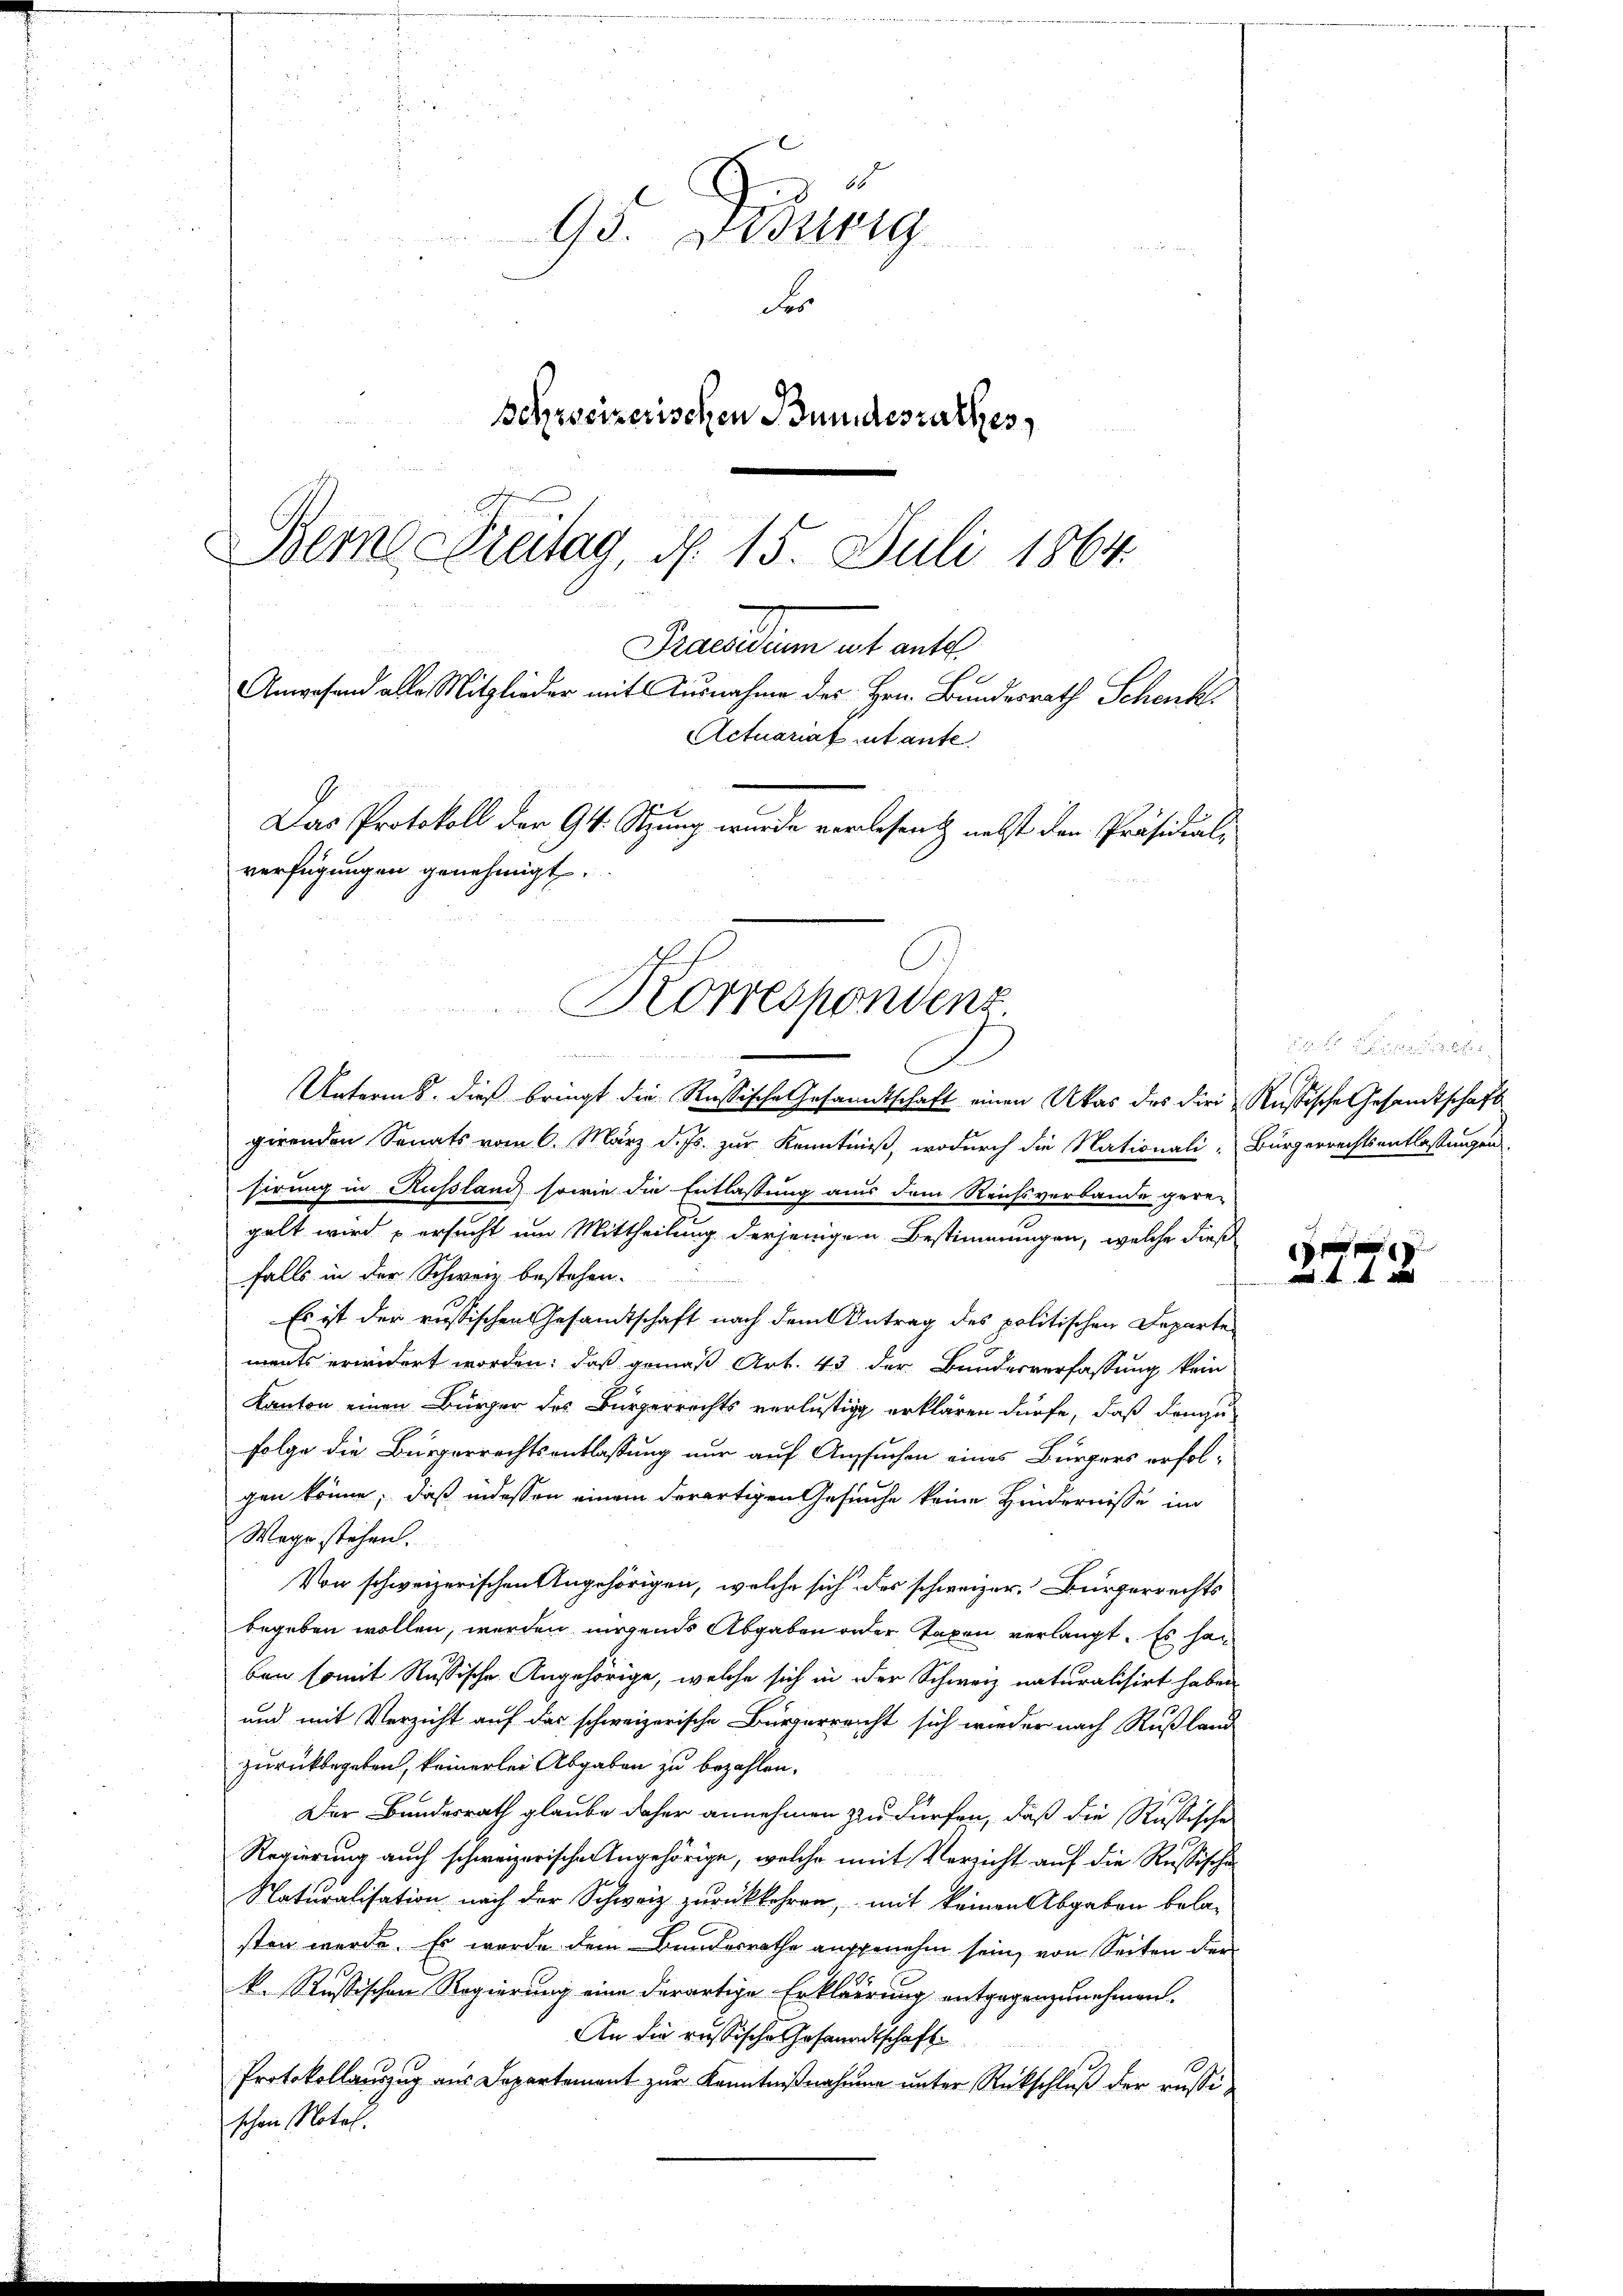
d
2
f
95. Didung

Fr
Behrreizerischen Bundesrathes,
Berne Freitag, d. 15. Juli 1864.

Das Protokoll der 94. Sitzung wurde vorlesent nebst den Präsidial,
verfügungen genehmigt.
Korrespondenz
n

Praesidium auf ante
Anwesend alle Mitglieder mit Ausnahme des Hrn. Bundesrath Schenk
Actuariat intante

f
Unterms, dieß bringt die Russische Gesandtschaft einen Akas des diri Russische Gesandtschaft
girenden Senats vom 6. März d. Js. zur Kenntniß, wodurch die Nationali, Bürgerrechtsentlassungen
sirung in Russland sowie die Entlassung aus dem Reichsverbande gere-
gelt wird ersucht um Mittheilung derjenigen Bestimmungen, welche dieß
falls in der Schweiz bestehen.
Es ist der russischen Gesamtschaft nach dem Antrag des politischen Departe
ments erwidert worden; daß gemäß Art. 43 der Bundesverfassung kein
Kanton einen Bürger des Bürgerrechts verlustig erklären dürfe, daß demzu
Folge die Bürgerrechtsentlassung nur auf Aussuchen eines Bürgers erfolgen könne; daß indessen einem derartigen Gesuche keine Hindernisse im
Wege stehen.
Von schweizerischen Angehörigen, welche sich des schweizer. Bürgerrechts
begeben wollen, werden nirgends Abgaben oder Taxen verlangt. Es han
ben somit Russische Angehörige, welche sich in der Schweiz naturalisirt haben
und mit Verzicht auf das schweizerische Bürgerreicht sich wieder nach Rußland
zurückbegeben, keinerlei Abgaben zu bezahlen.
Der Bundesrath glaube daher annehmen zu dürfen, daß die Russische
Regierung auch schweizerische Angehörige, welche mit Verzicht auf die Russische
Naturalisation nach der Schweiz zurückkehren, mit keinen Abgaben bela-
sten werde. Es wurde dem Bundesrathe ausgenehm sein, von Seiten der
k. Rußischen Regierung eine derartige Erklärung entgegenzunehmen.
An die russische Gesandtschaft
Protokollauszug aus Departement zur Kenntnißnahmen unter Rückschluß der russischen Notal.

1 f 0 x
41 x